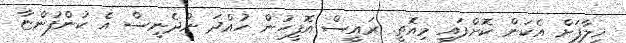
ޚިލާފަށް އެކަން ކޮށްފައި މިއޮތީ. ރައީސް އޮފީހުން ހުއްދަ ނުދެނީސް އެ ކުންފުންޏާ